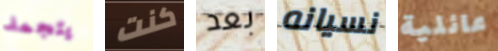
يتجمد كنت بعد نسيانه عائلية